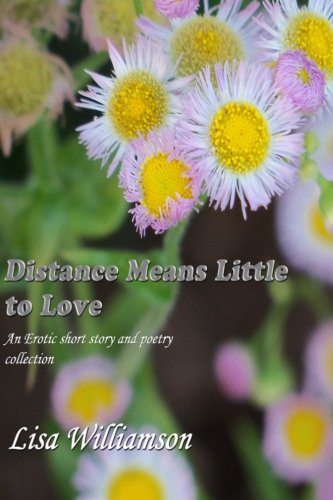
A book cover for Distance Means Little to Love; Lisa Williamson; Romance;